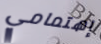
إهتمامي